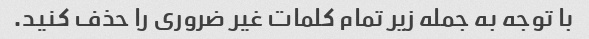
با توجه به جمله زیر تمام کلمات غیر ضروری را حذف کنید.